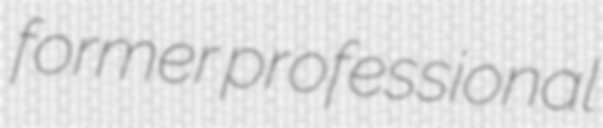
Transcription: former professional